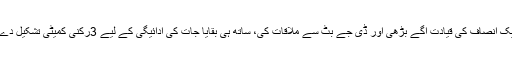
تحریک انصاف کی قیادت آگے بڑھی اور ڈِی جے بٹ سے ملاقات کی، ساتھ ہی بقایا جات کی ادائیگی کے لیے 3رکنی کمیٹی تشکیل دے دی۔